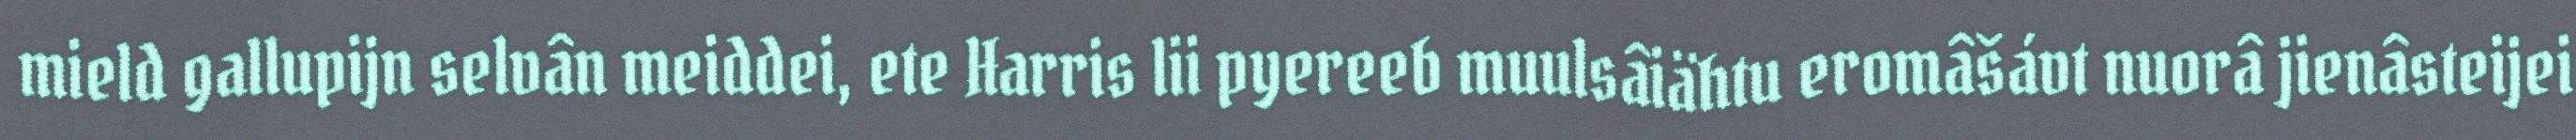
mield gallupijn selvân meiddei, ete Harris lii pyereeb muulsâiähtu eromâšávt nuorâ jienâsteijei